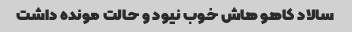
سالاد کاهو هاش خوب نیود و حالت مونده داشت